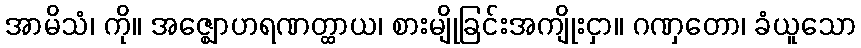
အာမိသံ၊ ကို။ အဇ္ဈောဟရဏတ္ထာယ၊ စားမျိုခြင်းအကျိုးငှာ။ ဂဏှတော၊ ခံယူသော